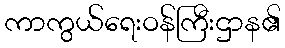
ကာကွယ်ရေးဝန်ကြီးဌာန၏